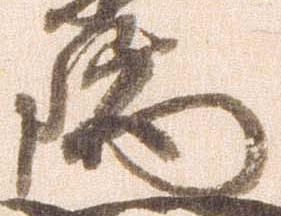
瑞